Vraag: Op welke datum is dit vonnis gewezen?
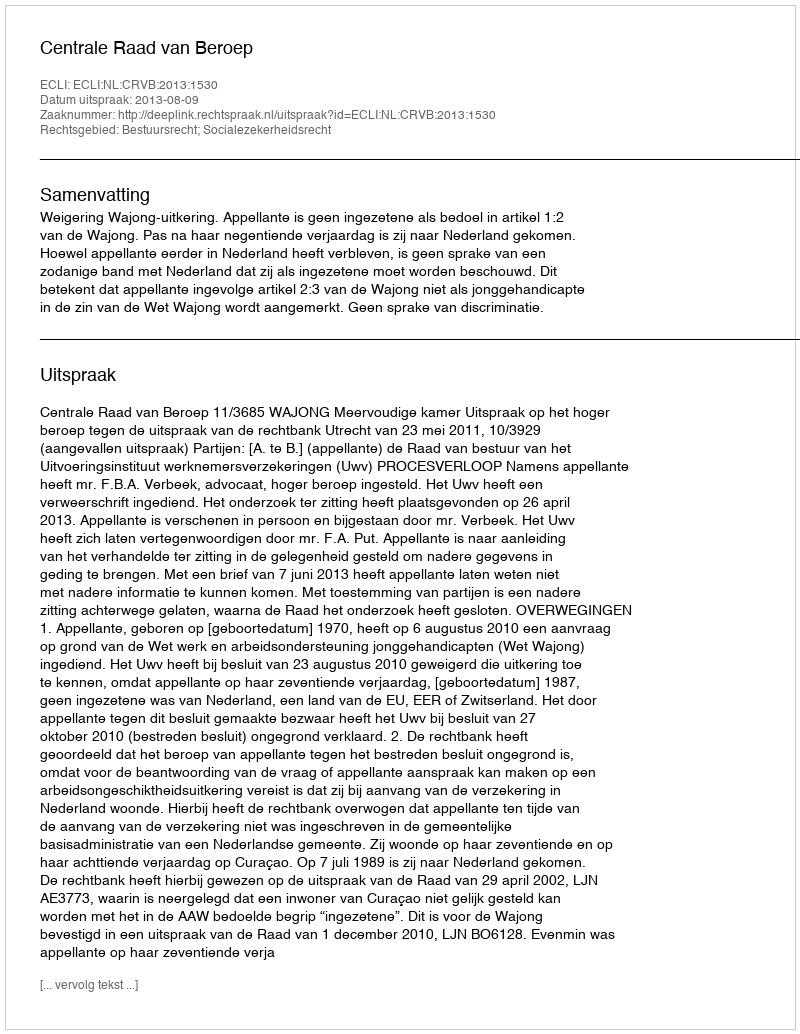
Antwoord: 2013-08-09